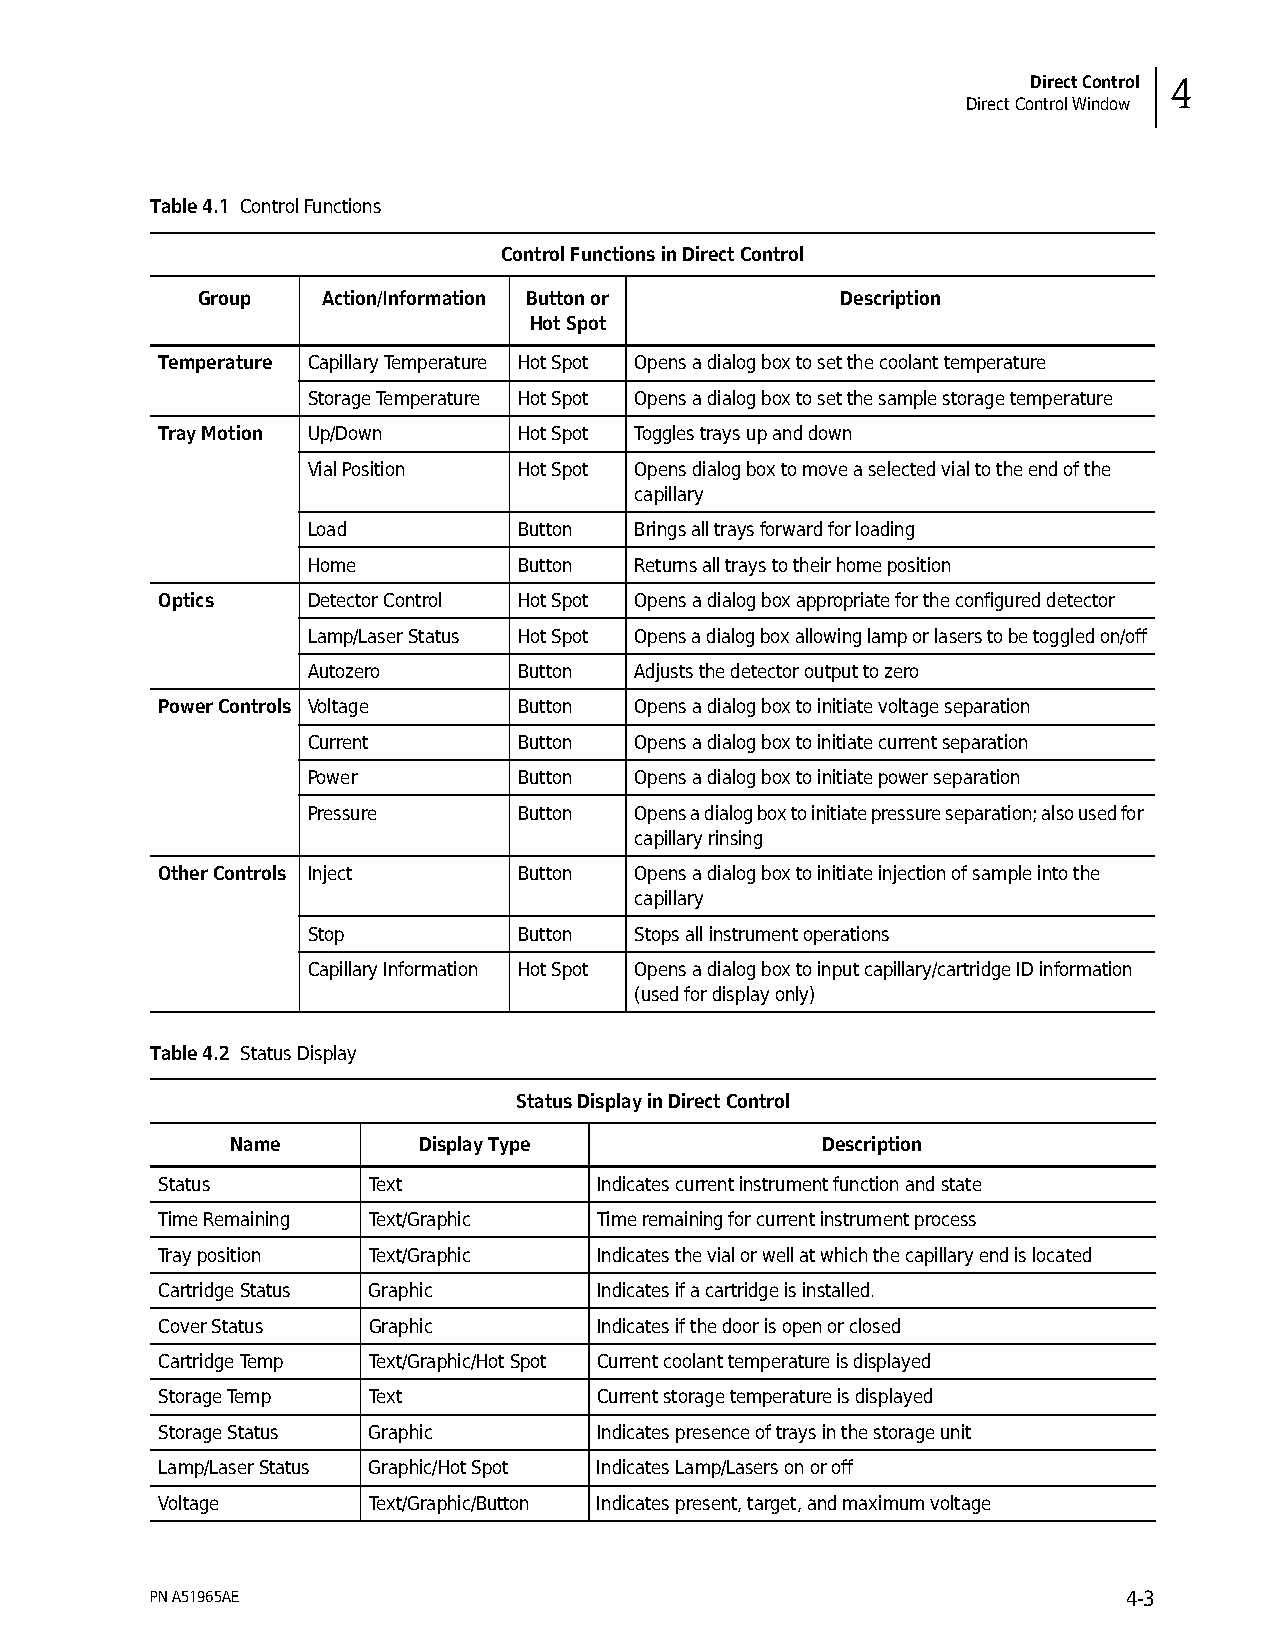
Direct Control 4
 Direct Control Window
 Table 4.1 Control Functions
 Control Functions in Direct Control
 Group   Action/Information Button or       Description
 Hot Spot
 Temperature Capillary Temperature Hot Spot Opens a dialog box to set the coolant temperature
 Storage Temperature Hot Spot Opens a dialog box to set the sample storage temperature
 Tray Motion Up/Down     Hot Spot Toggles trays up and down
 Vial Position Hot Spot Opens dialog box to move a selected vial to the end of the
 capillary
 Load          Button  Brings all trays forward for loading
 Home          Button  Returns all trays to their home position
 Optics    Detector Control Hot Spot Opens a dialog box appropriate for the configured detector
 Lamp/Laser Status Hot Spot Opens a dialog box allowing lamp or lasers to be toggled on/off
 Autozero      Button  Adjusts the detector output to zero
 Power Controls Voltage  Button  Opens a dialog box to initiate voltage separation
 Current       Button  Opens a dialog box to initiate current separation
 Power         Button  Opens a dialog box to initiate power separation
 Pressure      Button  Opens a dialog box to initiate pressure separation; also used for
 capillary rinsing
 Other Controls Inject   Button  Opens a dialog box to initiate injection of sample into the
 capillary
 Stop          Button  Stops all instrument operations
 Capillary Information Hot Spot Opens a dialog box to input capillary/cartridge ID information
 (used for display only)
 Table 4.2 Status Display
 Status Display in Direct Control
 Name         Display Type              Description
 Status        Text            Indicates current instrument function and state
 Time Remaining Text/Graphic   Time remaining for current instrument process
 Tray position Text/Graphic    Indicates the vial or well at which the capillary end is located
 Cartridge Status Graphic      Indicates if a cartridge is installed.
 Cover Status  Graphic         Indicates if the door is open or closed
 Cartridge Temp Text/Graphic/Hot Spot Current coolant temperature is displayed
 Storage Temp  Text            Current storage temperature is displayed
 Storage Status Graphic        Indicates presence of trays in the storage unit
 Lamp/Laser Status Graphic/Hot Spot Indicates Lamp/Lasers on or off
 Voltage       Text/Graphic/Button Indicates present, target, and maximum voltage
 PN A51965AE                                                      4-3